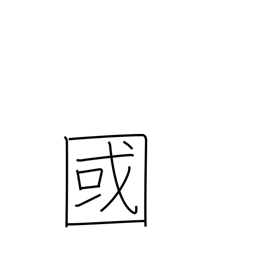
Meaning: country